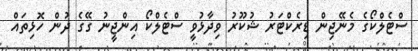
ސްޓެލްކޯގެ މެނޭޖިން ޑިރެކްޓަރު ޝުކޫރު ވިދާޅުވީ ސްޓެލްކޯ އިންޖީނު ގޭގެ ދުން ހޮޅިތައް